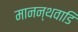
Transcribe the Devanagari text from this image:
मानन्थवाडि